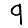
Digit: 9